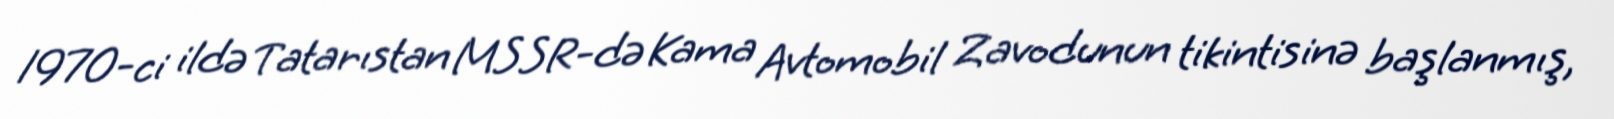
1970-ci ildə Tatarıstan MSSR-də Kama Avtomobil Zavodunun tikintisinə başlanmış,